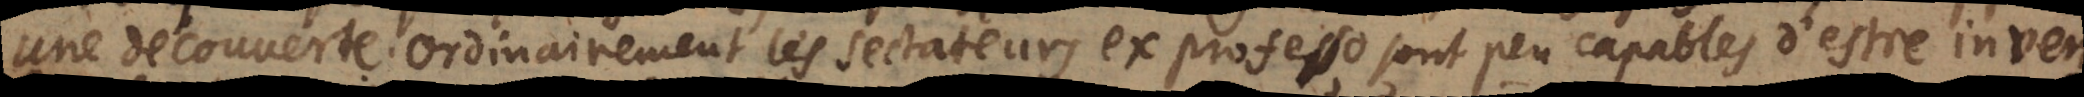
une découverte. Ordinairement les sectateurs ex professo sont peu capables d’estre inven-